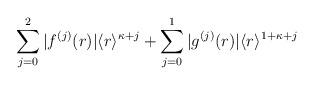
LaTeX: \begin{align*}\sum_{j=0}^2|f^{(j)}(r)|\langle r\rangle^{\kappa+j}+\sum_{j=0}^1|g^{(j)}(r)|\langle r\rangle^{1+\kappa+j} \end{align*}